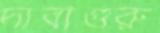
দাবাগুরু